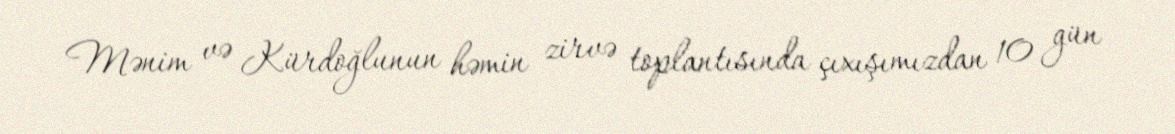
Mənim və Kürdoğlunun həmin zirvə toplantısında çıxışımızdan 10 gün